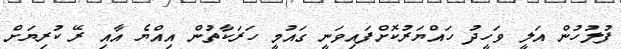
ފުލުހުން އަލީ ވަހީދު ހައްޔަރުކޮށްފައިވަނީ ގައުމީ ހަރަކާތުން އިއްޔެ އާއި ރޭ ކުރިޔަށް